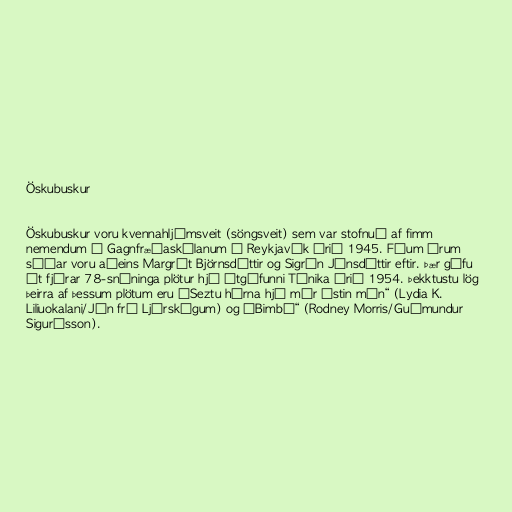
Öskubuskur

Öskubuskur voru kvennahljómsveit (söngsveit) sem var stofnuð af fimm
nemendum í Gagnfræðaskólanum í Reykjavík árið 1945. Fáum árum
síðar voru aðeins Margrét Björnsdóttir og Sigrún Jónsdóttir eftir. Þær gáfu
út fjórar 78-snúninga plötur hjá útgáfunni Tónika árið 1954. Þekktustu lög
þeirra af þessum plötum eru „Seztu hérna hjá mér ástin mín“ (Lydia K.
Liliuokalani/Jón frá Ljárskógum) og „Bimbó“ (Rodney Morris/Guðmundur
Sigurðsson).